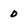
Character: o